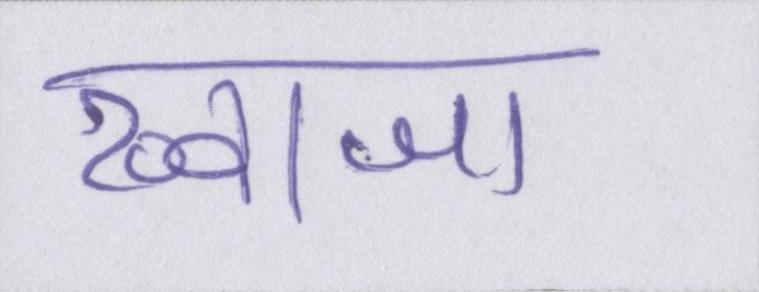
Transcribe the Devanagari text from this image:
ख्वाजा